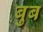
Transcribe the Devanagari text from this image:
बुब